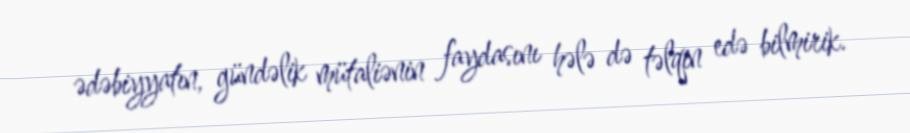
ədəbiyyatın, gündəlik mütaliənin faydasını hələ də təlqin edə bilmirik.